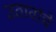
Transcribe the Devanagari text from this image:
उठावांचे